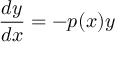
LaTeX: { \frac { d y } { d x } } = - p ( x ) y